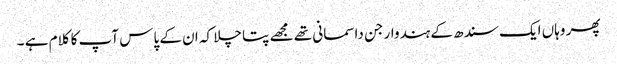
پھر وہاں ایک سندھ کے ہندوار جن داسمانی تھے مجھے پتا چلا کہ ان کے پاس آپ کا کلام ہے ۔